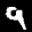
Label: 9